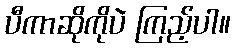
ပီကာဆိုကိုပဲ ကြည့်ပါ။